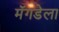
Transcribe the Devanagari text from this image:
मॅगडेला